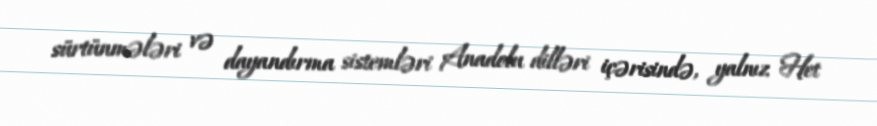
sürtünmələri və dayandırma sistemləri Anadolu dilləri içərisində, yalnız Het